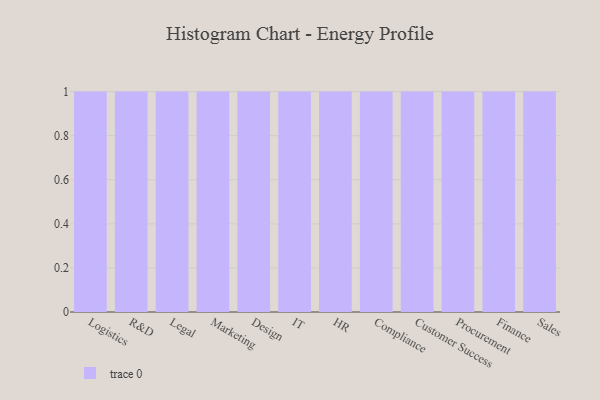
{"axis": {"x": "Department", "y": "Temperature (°C)"}, "legend": [""], "data": [{"x": "Logistics", "y": 21, "type": ""}, {"x": "R&D", "y": 14, "type": ""}, {"x": "Legal", "y": 73, "type": ""}, {"x": "Marketing", "y": 97, "type": ""}, {"x": "Design", "y": 52, "type": ""}, {"x": "IT", "y": 19, "type": ""}, {"x": "HR", "y": 64, "type": ""}, {"x": "Compliance", "y": 83, "type": ""}, {"x": "Customer Success", "y": 89, "type": ""}, {"x": "Procurement", "y": 76, "type": ""}, {"x": "Finance", "y": 96, "type": ""}, {"x": "Sales", "y": 39, "type": ""}]}